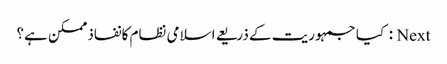
Next : کیا جمہوریت کے ذریعے اسلامی نظام کانفاذممکن ہے؟